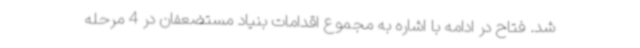
شد. فتاح در ادامه با اشاره به مجموع اقدامات بنیاد مستضعفان در 4 مرحله